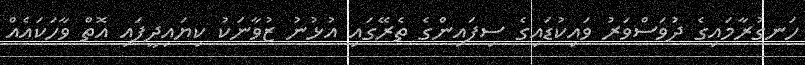
ހަނގުރާމައިގެ ދުވަސްވަރު ވައިކުޑައިގެ ސިފައިންގެ ތެރޭގައި އުޅުނު ޒުވާނަކު ކިޔައިދީފައި އޮތް ވާހަކައެއް